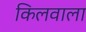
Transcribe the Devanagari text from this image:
किलवाला